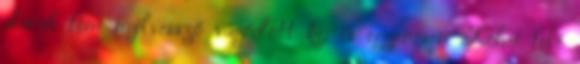
darab fém nyílvessző vágódott ki, és egyenesen Kohei felé